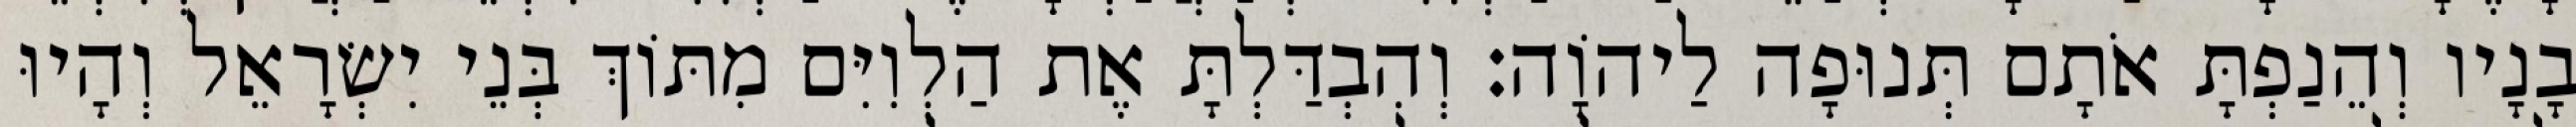
בָנָיו וְהֵנַפְתָּ אֹתָם תְּנוּפָה לַיהוָֹה׃ וְהִבְדַּלְתָּ אֶת הַלְוִיִּם מִתּוֹךְ בְּנֵי יִשְׂרָאֵל וְהָיוּ